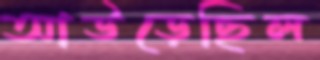
আউড়েছিল